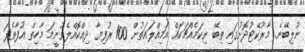
ނުލިބޭނެ. މާރުކޭޓުދޮށުގައި ތިބޭ ނިކަމެއްޗަކައް އަމިއްލައަތުން 100 ރުފިޔާ ދިއްކޮއްލެވުނީމަ މާހިތް އުފާވެފަ